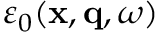
\varepsilon _ { 0 } ( \mathbf { x } , \mathbf { q } , \omega )